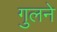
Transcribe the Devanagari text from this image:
गुलने